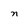
Character: n